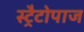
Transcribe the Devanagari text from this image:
स्ट्रैटोपाज